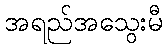
အရည်အသွေးမီ